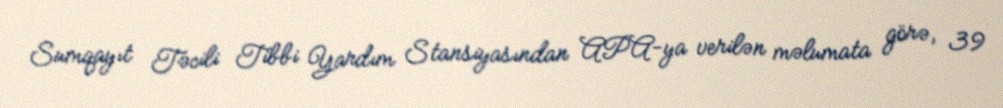
Sumqayıt Təcili Tibbi Yardım Stansiyasından APA-ya verilən məlumata görə, 39